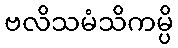
ဗလိသမံသိကမ္ပိ